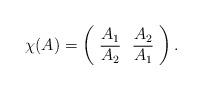
LaTeX: \begin{align*}\chi(A)=\left(\begin{array}{cc} A_1&A_2 \\ \overline{A_2}&\overline{A_1} \\ \end{array}\right).\end{align*}